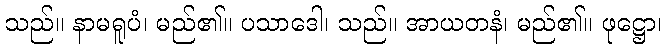
သည်။ နာမရူပံ၊ မည်၏။ ပသာဒေါ၊ သည်။ အာယတနံ၊ မည်၏။ ဖုဋ္ဌော၊